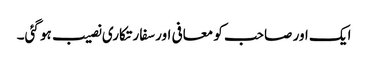
ایک اور صاحب کو معافی اور سفارتکاری نصیب ہو گئی۔